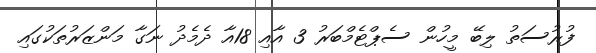
ފުރުސަތު ލިބޭ މީހުން ސެޕްޓެމްބަރު 3 އާއި 18އާ ދެމެދު ނަގާ މަންޒަރުތަކުގައި